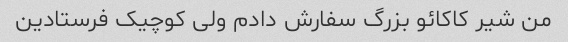
من شیر کاکائو بزرگ سفارش دادم ولی کوچیک فرستادین